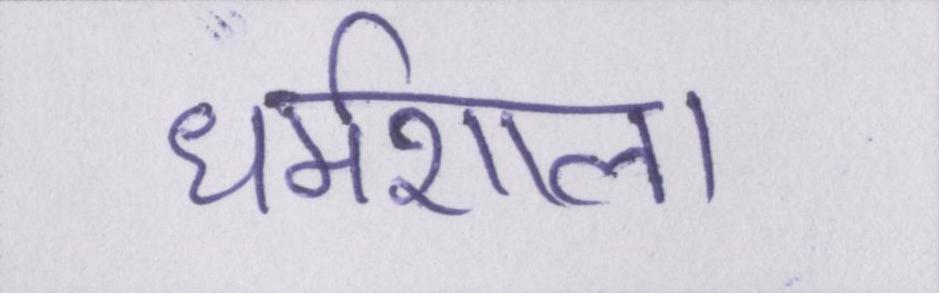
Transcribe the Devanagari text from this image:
धर्मशाला